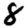
Digit: 8